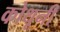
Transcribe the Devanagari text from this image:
कोथूनी